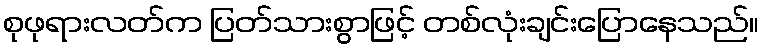
စုဖုရားလတ်က ပြတ်သားစွာဖြင့် တစ်လုံးချင်းပြောနေသည်။